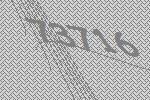
73716